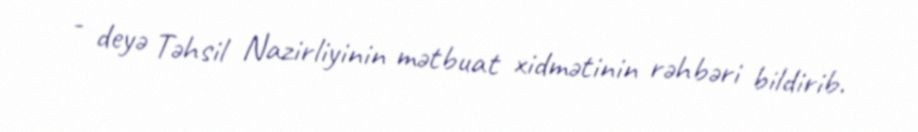
- deyə Təhsil Nazirliyinin mətbuat xidmətinin rəhbəri bildirib.